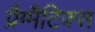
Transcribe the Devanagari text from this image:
प्रैग्मैटिक्स